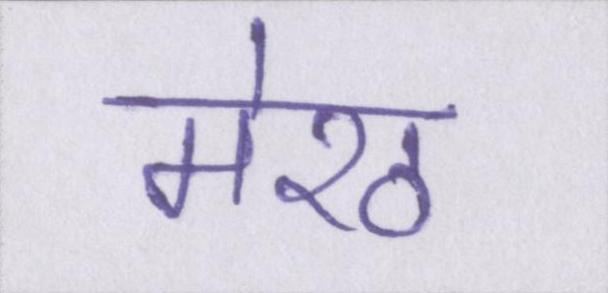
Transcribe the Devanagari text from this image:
मेरठ